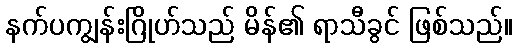
နက်ပကျွန်းဂြိုဟ်သည် မိန်၏ ရာသီခွင် ဖြစ်သည်။